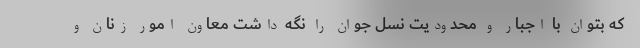
که بتوان با اجبار و محدودیت نسل جوان را نگه داشت معاون امور زنان و